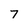
Character: 7